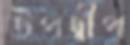
উপদ্বীপ